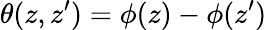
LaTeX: \theta(z,z^{\prime})=\phi(z)-\phi(z^{\prime})